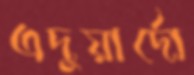
এদুয়ার্দো